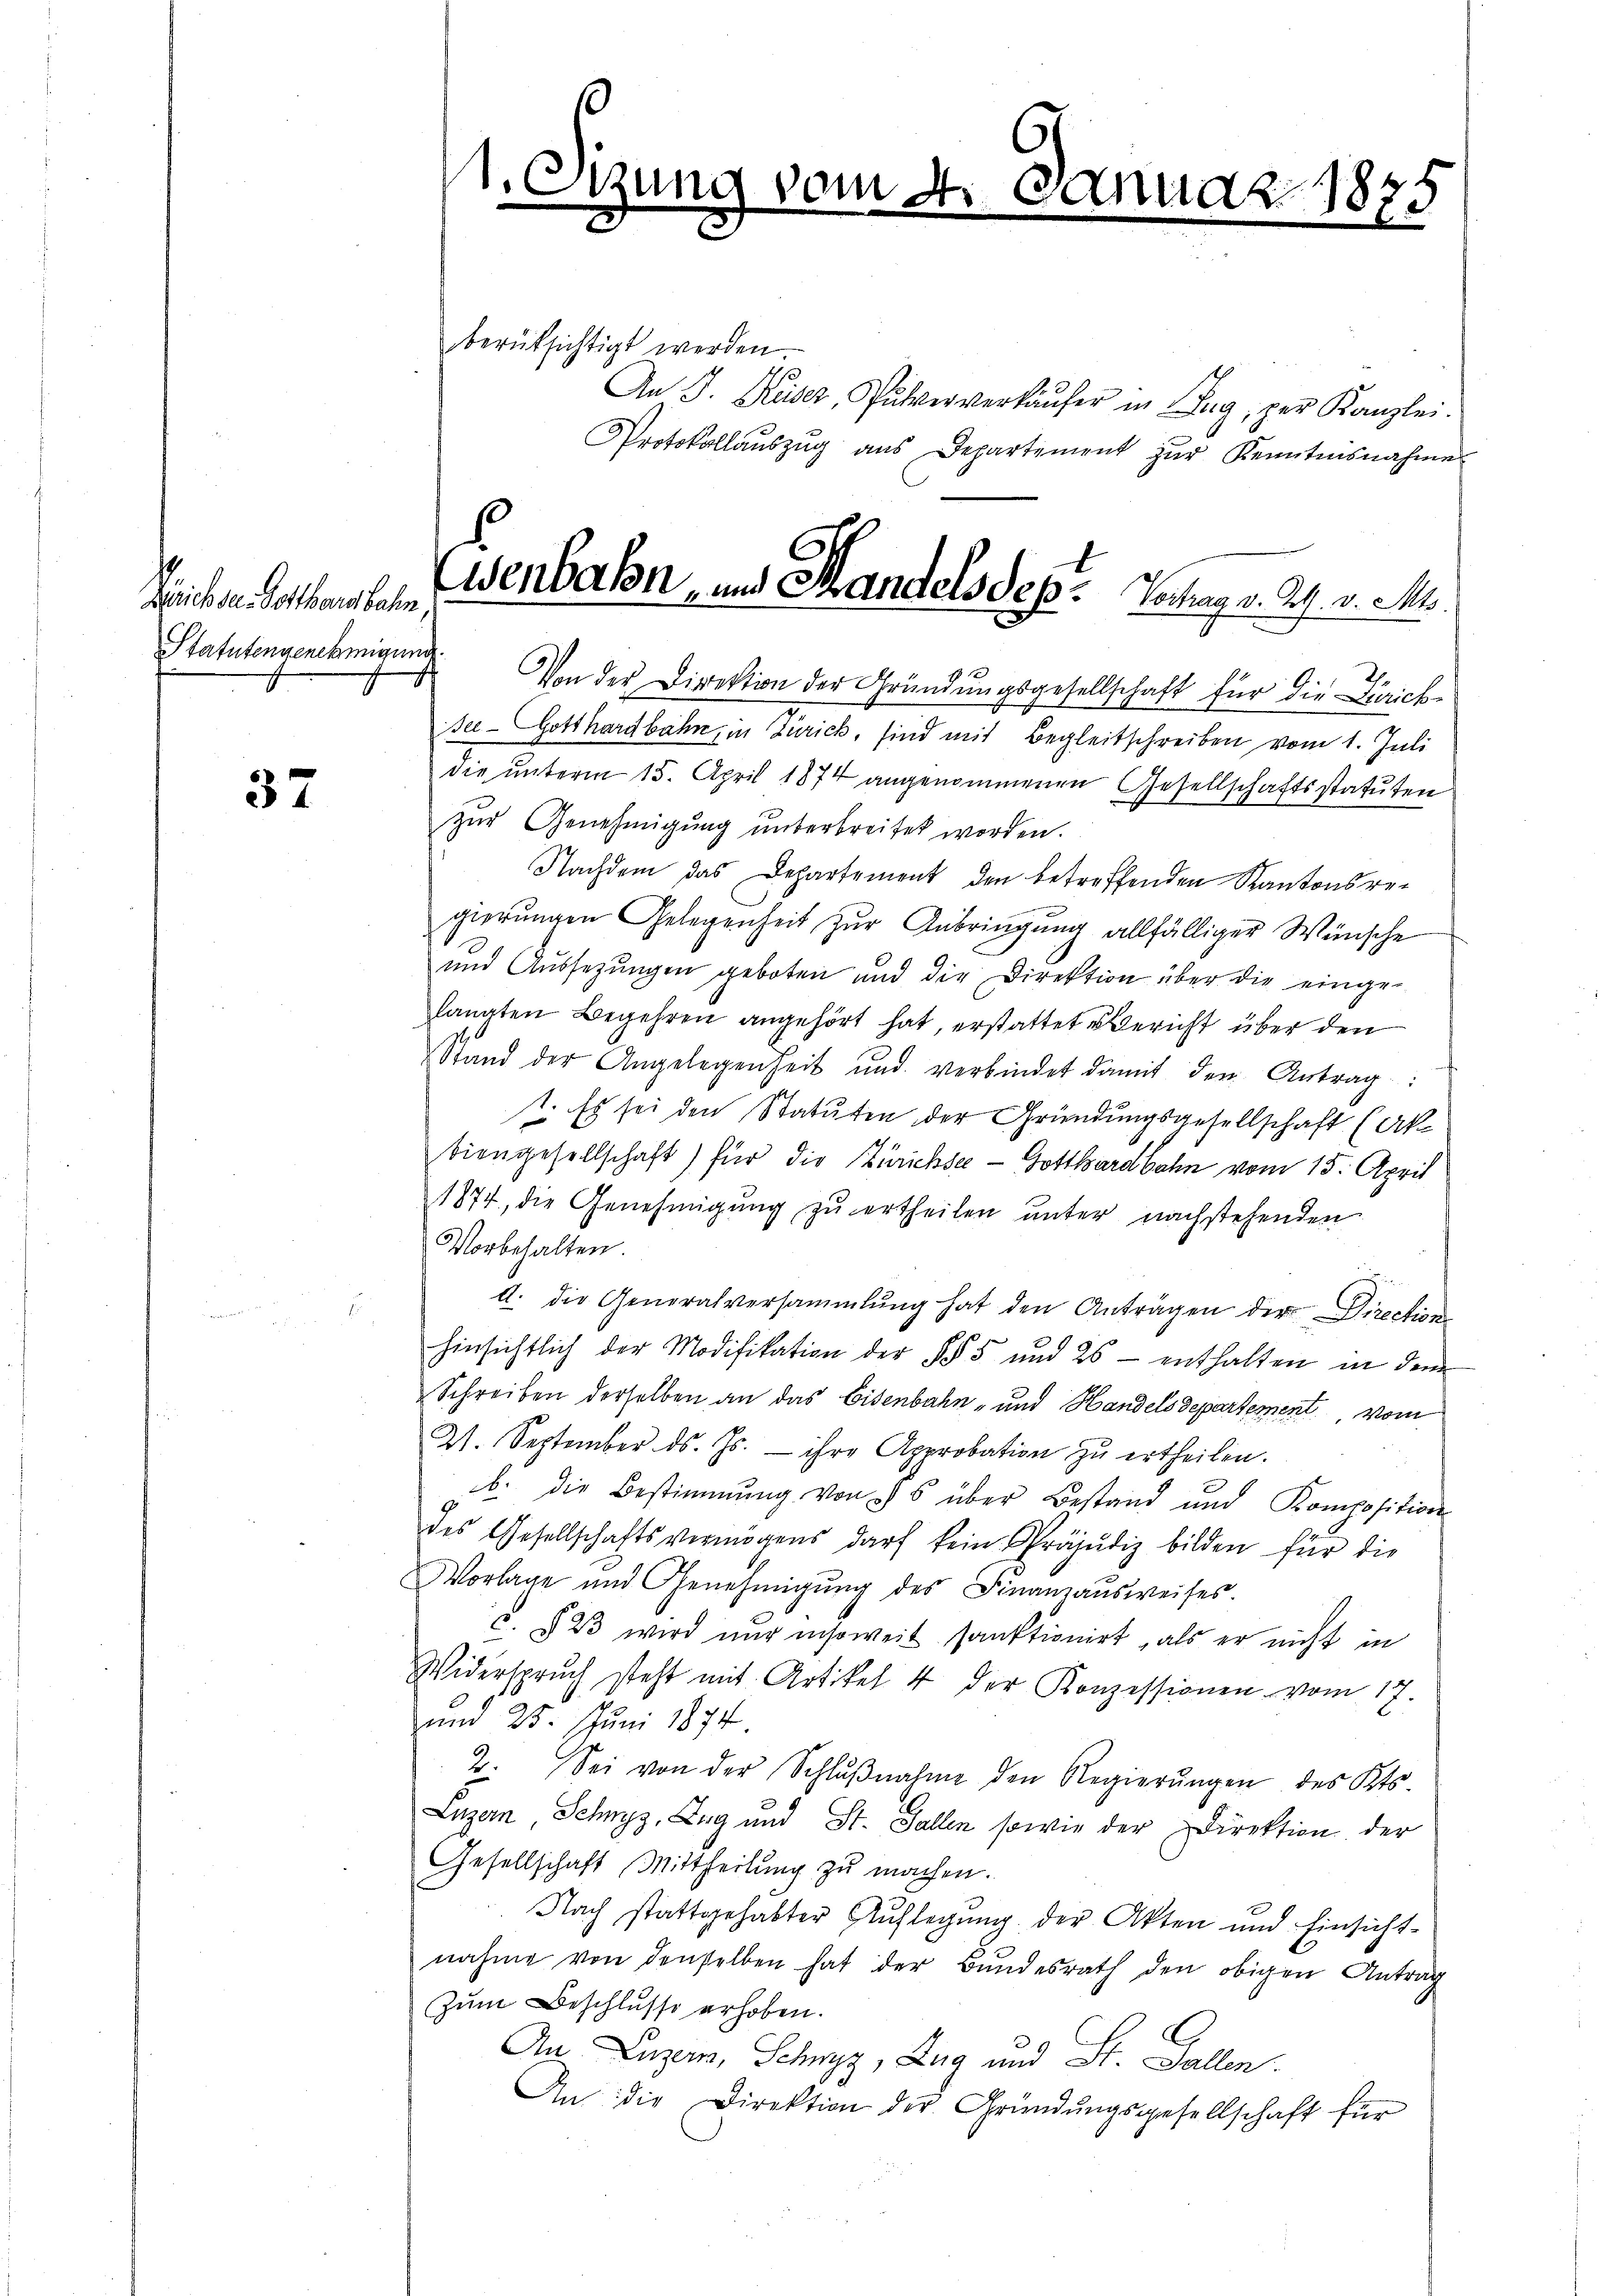
Zeichsen Gotthausbahn,
Statutengenehmigung

37

e

vom 4

Wenbahn, und Mandels des Vortrag v. Rh. v. M.

2. 1873

berüksichtigt werden.
An J. Keiser, Pulververkäŭfer in Zug, per Kanzlei.
Protokollaŭszŭg aŭs Departement zŭr Kenntnisnahme
Von der Direktion der Gründungsgesellschaft für die Zürichsee-Gotthardbahn, in Zürich, sind mit Begleitschreiben vom 1. Juli
die unterm 15. April 1874 angenommenen Gesellschaftsstatuten
zŭr Genehmigŭng ŭnterbreitet worden.
Nachdem das Departement den betreffenden Kantonsregierungen Gelegenheit zur Anbringung allfälliger Wünsche
und Aussezungen geboten und die Direktion über die eingelangten Begehren angehört hat, erstattet Bericht über den
Stand der Angelegenheit und verbindet damit den Antrag:
t. Es sei den Statuten der Gründungsgesellschaft (Aktiengesellschaft) für die Zürichse - Gotthardbahn vom 15. April
1874, die Genehmigŭng zŭ ertheilen unter nachstehenden
Vorbehalten
a. die Generalversammlung hat den Anträgen der Direction
hinsichtlich der Modifikation der §§ 5 und 26 - enthalten in dem
Schreiben derselben an das Eisenbahn- und Handelsdepartement vom
21. September ds. Js. ihre Approbation zŭ ertheilen.
b. die Bestimmung von 5 über Bestand und Komposition
des Gesellschaftsvermögens darf kein Präjudiz bilden für die
Vorlage und Genehmigŭng des Finanzausweises.
c. § 23 wird nur insoweit sanktionirt, als er nicht in
Widerspruch steht mit Artikel 4 der Konzessionen vom 17.
und 25. Juni 1874
2. Sei von der Schlŭβnahme den Regierŭngen des Kts.
Luzern Schwyz, Zug und St. Gallen sowie der Direktion der
Gesellschaft Mittheilung zu machen.
Nach stattgehabter Auflegung der Akten und Einsicht-
nahme von denselben hat der Bundesrath den obigen Antrag
Zum Beschlusse erhoben.
An Luzern, Schwyz, Zug und St. Gallen.
An die Direktion der Gründŭngsgesellschaft für